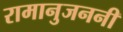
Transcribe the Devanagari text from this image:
रामानुजननी